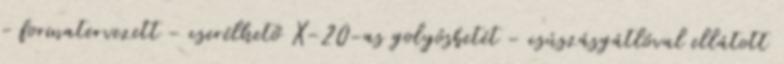
- formatervezett - cserélhető X-20-as golyósbetét - csúszásgátlóval ellátott